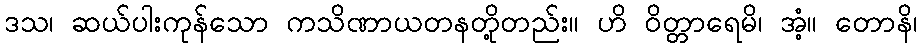
ဒသ၊ ဆယ်ပါးကုန်သော ကသိဏာယတနတို့တည်း။ ဟိ ဝိတ္တာရေမိ၊ အံ့။ တောနိ၊